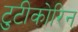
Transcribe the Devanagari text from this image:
टुटीकोरिन